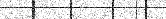
٩